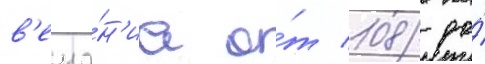
в'еща́н'иа о́т 108 до́